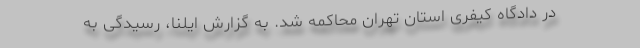
در دادگاه کیفری استان تهران محاکمه شد. به‌ گزارش ایلنا، رسیدگی به